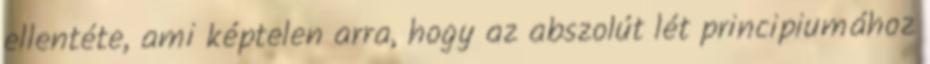
ellentéte, ami képtelen arra, hogy az abszolút lét principiumához